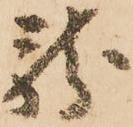
龍